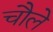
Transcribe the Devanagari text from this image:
चौले